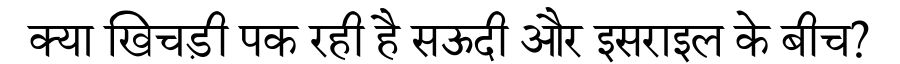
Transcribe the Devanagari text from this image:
क्या खिचड़ी पक रही है सऊदी और इसराइल के बीच?